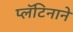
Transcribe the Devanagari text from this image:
प्लॅटिनाने